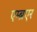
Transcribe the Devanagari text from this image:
एम्ब्रएर